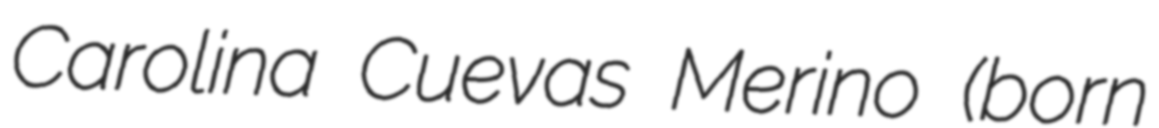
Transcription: Carolina Cuevas Merino (born